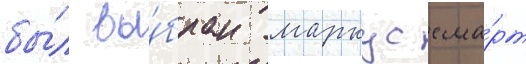
бы́л вы́бран маркус сма́рт